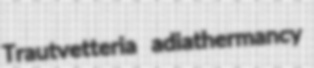
Trautvetteria adiathermancy